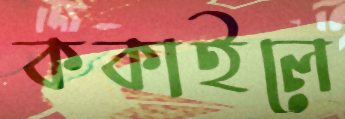
ককাইলে